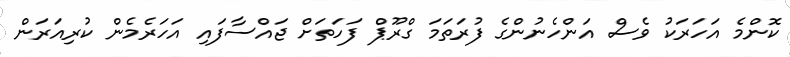
ކޮންމެ އަހަރަކު ވެސް އަންހެނުންގެ ފުރަތަމަ ގްރޫޕް ފަހަތަށް ޖައްސާފައި އަހަރެމެން ކުރިއަރަން